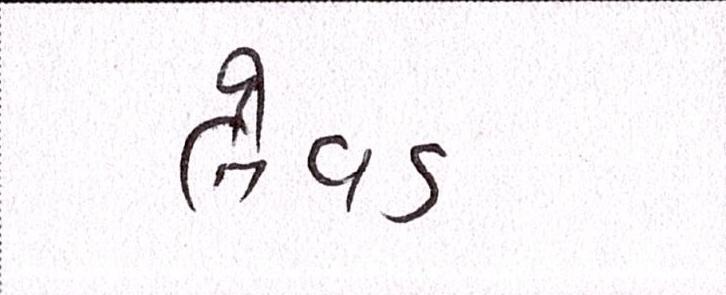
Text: લેવડ